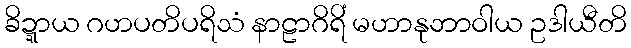
ခိဍ္ဍာယ ဂဟပတိပရိသံ နာဠာဂိရိံ မဟာနုဘာဝါယ ဥဒါယီတိ